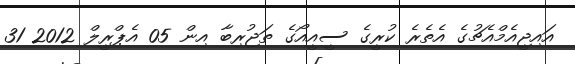
އައިޖީއެމްއެޗުގެ އެތެރެ ކުރީގެ ސީއީއޯގެ ތަޖުރިބާ އިން 05 އެޕްރީލް 2012 31